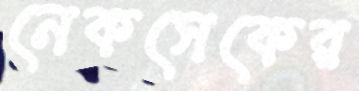
নেকসেকের